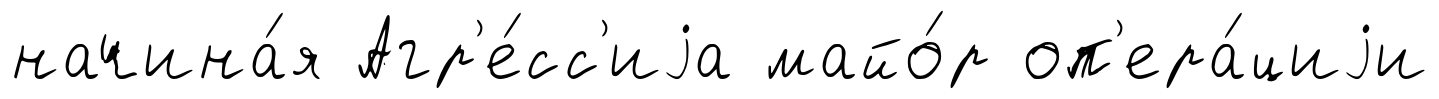
начина́я Агр'е́сс'иjа майо́р оп'ера́циjи